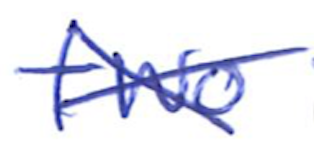
Text: two
Cross-out: cross
Writing tool: ballpoint